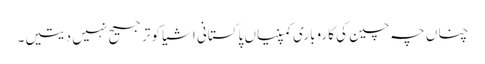
چناں چہ چین کی کاروباری کمپنیاں پاکستانی اشیا کو ترجیح نہیں دیتیں۔